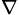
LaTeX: _\nabla